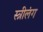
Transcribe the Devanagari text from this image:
स्त्रीलंग